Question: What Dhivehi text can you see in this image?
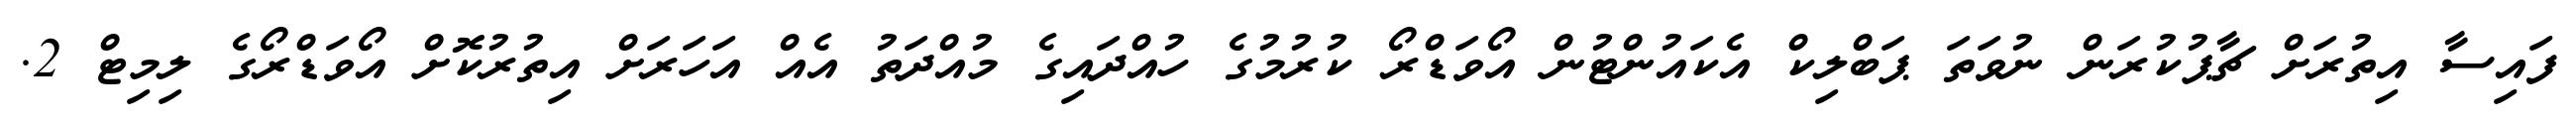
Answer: ފައިސާ އިތުރަށް ޗާޕުކުރަން ނުވަތަ ޕަބްލިކް އެކައުންޓުން އޯވަޑްރޯ ކުރުމުގެ ހުއްދައިގެ މުއްދަތު އެއް އަހަރަށް އިތުރުކޮށް އޯވަޑްރޯގެ ލިމިޓް 2.